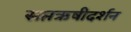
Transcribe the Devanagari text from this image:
सप्तऋषीदर्शन